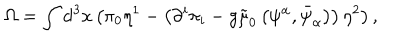
\Omega = \int \mathrm { d } ^ { 3 } x \left( \pi _ { 0 } \eta ^ { 1 } - \left( \partial ^ { i } \pi _ { i } - g \tilde { \mu } _ { 0 } \left( \psi ^ { \alpha } , \bar { \psi } _ { \alpha } \right) \right) \eta ^ { 2 } \right) ,